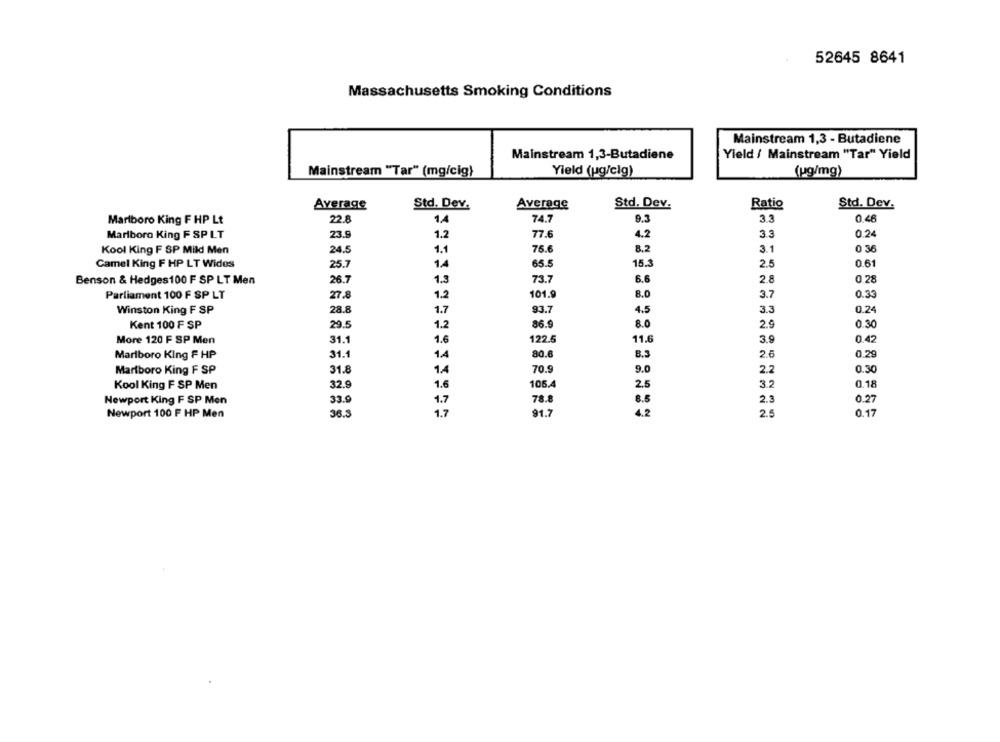
52645 8641
Massachusetts Smoking Conditions
Mainstream 1,3 - Butadiene
Mainstream 1,3-Butadiene
Yield / Mainstream "Tar" Yield
Mainstream "Tar" (mg/cig)
Yield (ug/clg)
(ug/mg)
Average
Std. Dev.
Average
Std. Dev.
Ratio
Std. Dev.
Marlboro King F HP Lt
22.8
14
74.7
9.3
3.3
0,46
Marlboro King F SP LT
23.9
1.2
77.6
4.2
33
0.24
Kool King F SP Mild Men
24.5
1.1
75.6
8.2
3.1
0 36
Camel King F HP LT Wides
25.7
1.4
65.5
15.3
2.5
0.61
Benson & Hedges100 F SP LT Men
26.7
1.3
73.7
6.6
2.8
0 28
Parliament 100 F SP LT
27.8
1.2
101.9
8.0
3.7
0.33
Winston King F SP
28.8
1.7
93.7
4.5
3.3
0.24
Kent 100 F SP
29.5
1.2
86.9
8.0
2.9
0.30
More 120 F SP Men
31.1
1.6
122.5
11.6
3.9
0.42
Marlboro King F HP
31.1
14
80.6
8.3
2.6
0.29
Marlboro King F SP
31.8
14
70.9
9.0
2.2
0.30
Kool King F SP Men
32.9
1.6
105.4
2.5
3.2
0.18
Newport King F SP Men
33.9
1.7
78.8
8.5
2.3
0.27
Newport 100 F HP Men
36.3
1.7
91.7
4.2
2.5
0.17